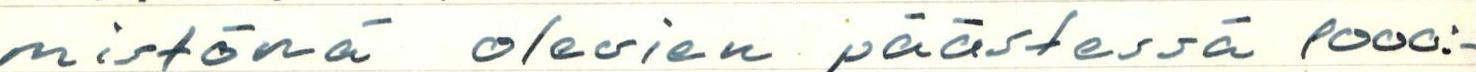
mistönä olevien päästessä 1000:-